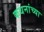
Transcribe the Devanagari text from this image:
कथनांच्या